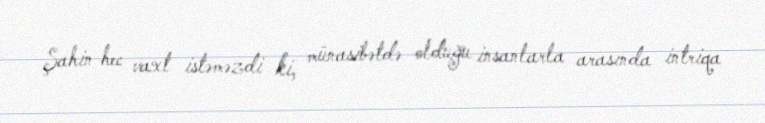
Şahin hec vaxt istəməzdi ki, münasibətdə olduğu insanlarla arasında intriqa